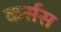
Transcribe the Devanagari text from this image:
कर्सस